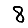
Digit: 8